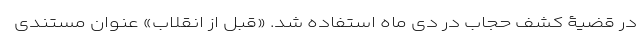
در قضیۀ کشف حجاب در دی ماه استفاده شد. «قبل از انقلاب» عنوان مستندی